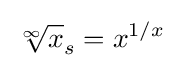
{\sqrt[{\infty }]{x}}_{s}=x^{1/x}